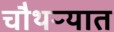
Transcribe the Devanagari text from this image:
चौथऱ्यात